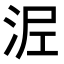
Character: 𭰖